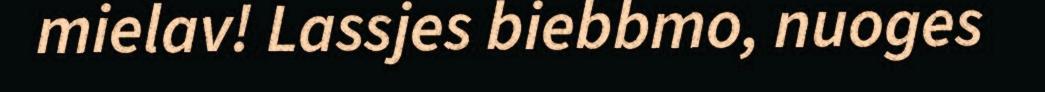
mielav! Lassjes biebbmo, nuoges